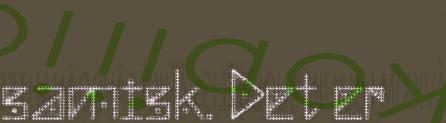
samisk. Det er